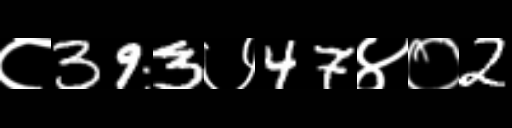
Text: ८393७47४०2